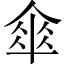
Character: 傘